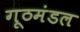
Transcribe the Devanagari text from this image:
गूठमंडल